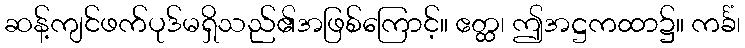
ဆန့်ကျင်ဖက်ပုဒ်မရှိသည်၏အဖြစ်ကြောင့်။ ဧတ္ထ၊ ဤအဋ္ဌကထာ၌။ ကင်္ခံ၊